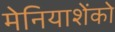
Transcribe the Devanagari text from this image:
मेनियाशेंको